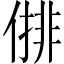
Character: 𠍣